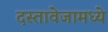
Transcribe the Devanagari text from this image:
दस्तावेजामध्ये